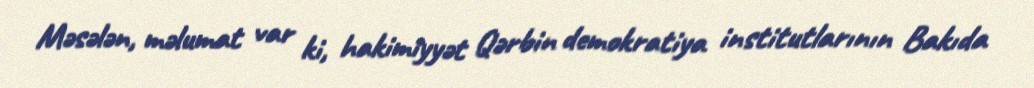
Məsələn, məlumat var ki, hakimiyyət Qərbin demokratiya institutlarının Bakıda